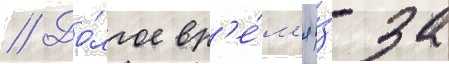
// До́лгое вр'е́м'я и́з-за